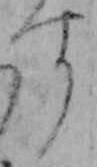
す